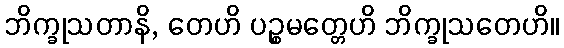
ဘိက္ခုသတာနိ, တေဟိ ပဉ္စမတ္တေဟိ ဘိက္ခုသတေဟိ။